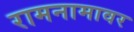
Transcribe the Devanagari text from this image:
रामनामावर